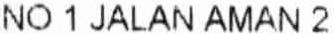
NO 1 JALAN AMAN 2